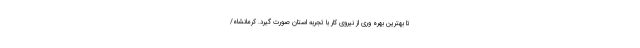
تا بهترین بهره وری از نیروی کار با تجربه استان صورت گیرد. کرمانشاه/